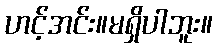
ဟင့်အင်း။မရှိပါဘူး။